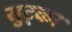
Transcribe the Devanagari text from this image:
सुट्का